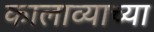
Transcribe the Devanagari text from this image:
कालाव्याच्या